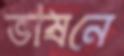
ভাষনে